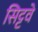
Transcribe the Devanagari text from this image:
सिट्टवे